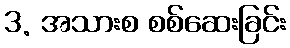
3. အသားစ စစ်ဆေးခြင်း